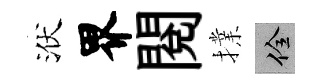
洑界閲擈佺